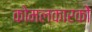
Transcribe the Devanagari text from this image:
कोमलकारकों